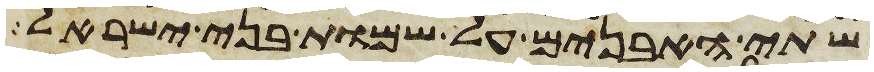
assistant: שתי האבנים על שמות בני ישראל